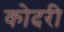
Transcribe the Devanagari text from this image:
कोदरी